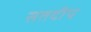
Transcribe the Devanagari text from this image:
सतदीप